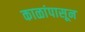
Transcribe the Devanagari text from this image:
काळांपासून